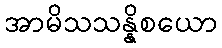
အာမိသသန္နိစယော